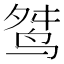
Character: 𪉋